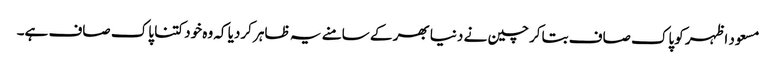
مسعود اظہر کوپاک صاف بتاکر چین نے دنیا بھر کے سامنے یہ ظاہر کردیا کہ وہ خود کتنا پاک صاف ہے۔